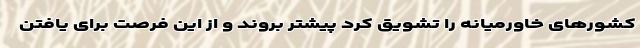
کشورهای خاورمیانه را تشویق کرد پیشتر بروند و از این فرصت برای یافتن